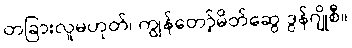
တခြားလူမဟုတ်၊ ကျွန်တော့်မိတ်ဆွေ ဒွန်ဂျိုစီ။